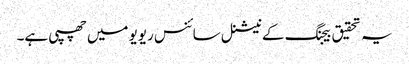
یہ تحقیق بیجنگ کے نیشنل سائنس ریویو میں چھپی ہے۔